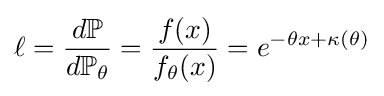
\ell ={\frac {d\mathbb {P} }{d\mathbb {P} _{\theta }}}={\frac {f(x)}{f_{\theta }(x)}}=e^{-\theta x+\kappa (\theta )}